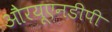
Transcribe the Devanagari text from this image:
औरयूएनडीपी